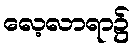
လေ့လာရာ၌